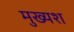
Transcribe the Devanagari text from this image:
मुख्यश